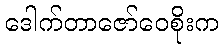
ဒေါက်တာဇော်ဝေစိုးက